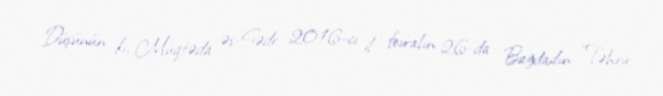
Düşünün ki, Müqtəda əs-Sədr 2016-cı il fevralın 26-da Bağdadın “Təhrir